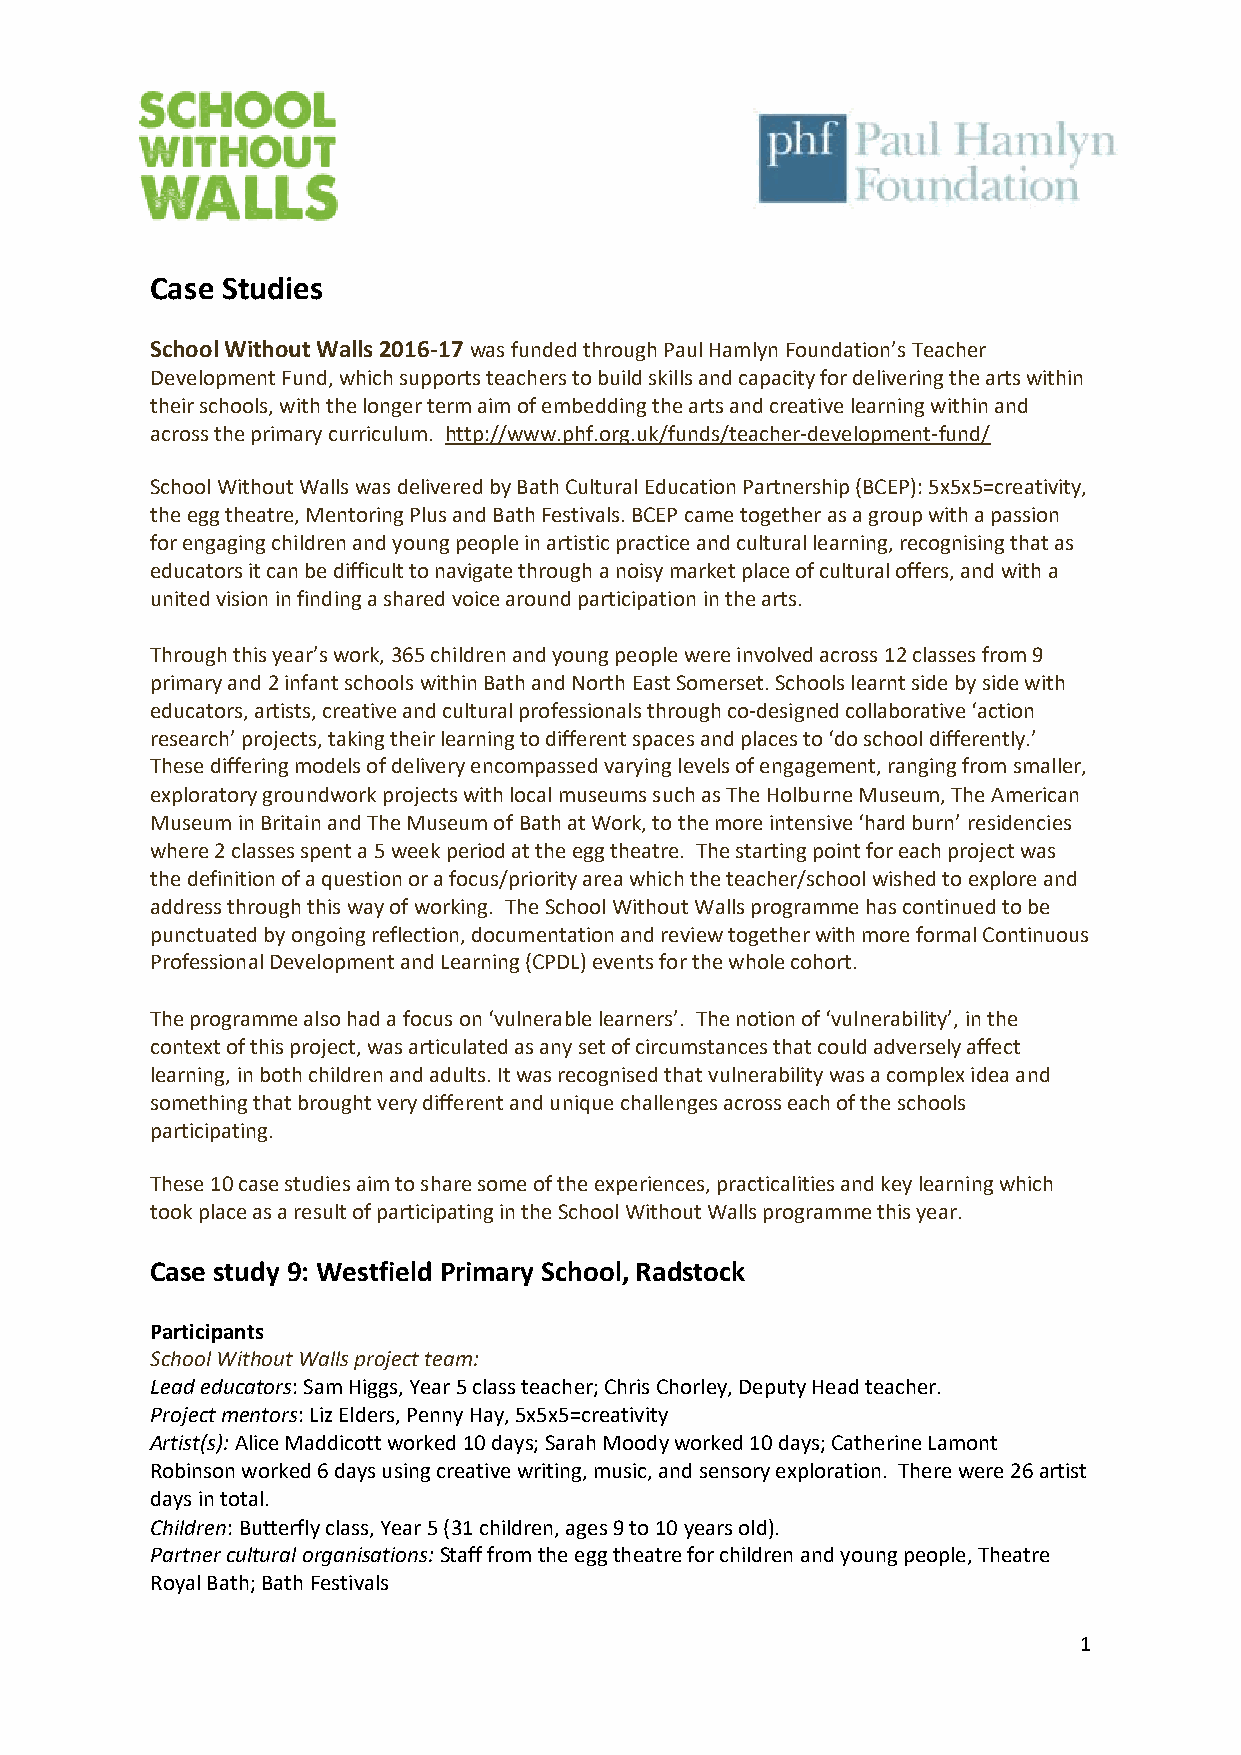
Case Studies
 School Without Walls 2016-17 was funded through Paul Hamlyn Foundation’s Teacher
 Development Fund, which supports teachers to build skills and capacity for delivering the arts within
 their schools, with the longer term aim of embedding the arts and creative learning within and
 across the primary curriculum. http://www.phf.org.uk/funds/teacher-development-fund/
 School Without Walls was delivered by Bath Cultural Education Partnership (BCEP): 5x5x5=creativity,
 the egg theatre, Mentoring Plus and Bath Festivals. BCEP came together as a group with a passion
 for engaging children and young people in artistic practice and cultural learning, recognising that as
 educators it can be difficult to navigate through a noisy market place of cultural offers, and with a
 united vision in finding a shared voice around participation in the arts.
 Through this year’s work, 365 children and young people were involved across 12 classes from 9
 primary and 2 infant schools within Bath and North East Somerset. Schools learnt side by side with
 educators, artists, creative and cultural professionals through co-designed collaborative ‘action
 research’ projects, taking their learning to different spaces and places to ‘do school differently.’
 These differing models of delivery encompassed varying levels of engagement, ranging from smaller,
 exploratory groundwork projects with local museums such as The Holburne Museum, The American
 Museum in Britain and The Museum of Bath at Work, to the more intensive ‘hard burn’ residencies
 where 2 classes spent a 5 week period at the egg theatre. The starting point for each project was
 the definition of a question or a focus/priority area which the teacher/school wished to explore and
 address through this way of working. The School Without Walls programme has continued to be
 punctuated by ongoing reflection, documentation and review together with more formal Continuous
 Professional Development and Learning (CPDL) events for the whole cohort.
 The programme also had a focus on ‘vulnerable learners’. The notion of ‘vulnerability’, in the
 context of this project, was articulated as any set of circumstances that could adversely affect
 learning, in both children and adults. It was recognised that vulnerability was a complex idea and
 something that brought very different and unique challenges across each of the schools
 participating.
 These 10 case studies aim to share some of the experiences, practicalities and key learning which
 took place as a result of participating in the School Without Walls programme this year.
 Case study 9: Westfield Primary School, Radstock
 Participants
 School Without Walls project team:
 Lead educators: Sam Higgs, Year 5 class teacher; Chris Chorley, Deputy Head teacher.
 Project mentors: Liz Elders, Penny Hay, 5x5x5=creativity
 Artist(s): Alice Maddicott worked 10 days; Sarah Moody worked 10 days; Catherine Lamont
 Robinson worked 6 days using creative writing, music, and sensory exploration. There were 26 artist
 days in total.
 Children: Butterfly class, Year 5 (31 children, ages 9 to 10 years old).
 Partner cultural organisations: Staff from the egg theatre for children and young people, Theatre
 Royal Bath; Bath Festivals
 1